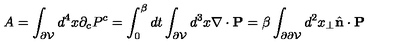
A = \int _ { \partial { \cal V } } d ^ { 4 } x \partial _ { c } P ^ { c } = \int _ { 0 } ^ { \beta } d t \int _ { \partial { \cal V } } d ^ { 3 } x \nabla \cdot { \bf P } = \beta \int _ { \partial \partial { \cal V } } d ^ { 2 } x _ { \perp } \hat { \bf n } \cdot { \bf P }